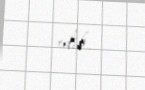
edib.